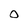
Character: 0